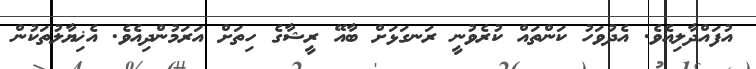
އުފައްދާލިއެވެ. އެދުވަހު ކަންތައް ކުރެވުނީ ރަނގަޅަށް ބާއޭ ރީޝާގެ ހިތަށް އަރަމުންދިއެވެ. އެޚިޔާލުތަކުން